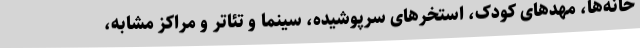
خانه‌ها، مهدهای کودک، استخرهای سرپوشیده، سینما و تئاتر و مراکز مشابه،